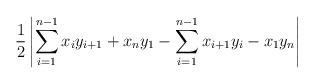
LaTeX: \begin{align*}\frac{1}{2}\left|\sum_{i=1}^{n-1}x_iy_{i+1}+x_ny_1-\sum_{i=1}^{n-1}x_{i+1}y_i-x_1y_n\right|\end{align*}